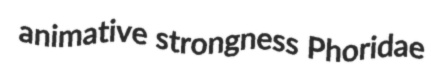
animative strongness Phoridae